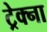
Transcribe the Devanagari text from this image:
ट्रेक्ना